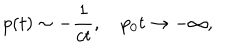
LaTeX: p ( t ) \sim - { \frac { 1 } { c t } } , \quad p _ { 0 } t \to - \infty ,